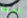
نحبه